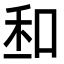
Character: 𠲆